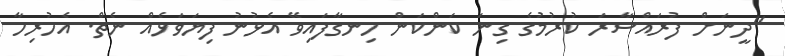
"ދީނަށް ފުރައްސާރަ ކުރުމުގެ ގިނަ ކަންކަން ހިނގާފައިވޭ އެޅުނު ފިޔަވަޅެއް ނެތް. އެހުރިހާ